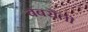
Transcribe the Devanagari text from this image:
बबरौती